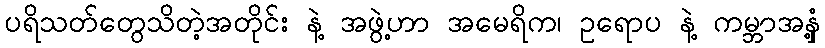
ပရိသတ်တွေသိတဲ့အတိုင်း နဲ့ အဖွဲ့ဟာ အမေရိက၊ ဥရောပ နဲ့ ကမ္ဘာအနှံ့